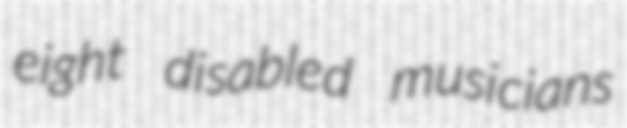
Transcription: eight disabled musicians